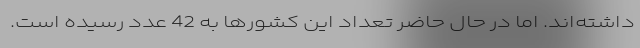
داشته‌اند. اما در حال حاضر تعداد این کشورها به 42 عدد رسیده است.